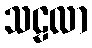
သဠလာ